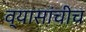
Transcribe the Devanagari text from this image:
व्यासांचीच